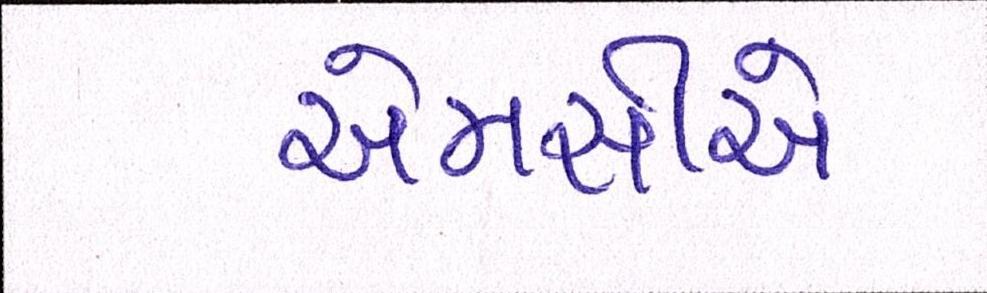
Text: એમસીએ